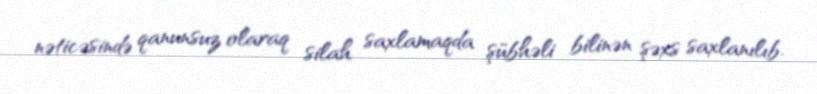
nəticəsində qanunsuz olaraq silah saxlamaqda şübhəli bilinən şəxs saxlanılıb.